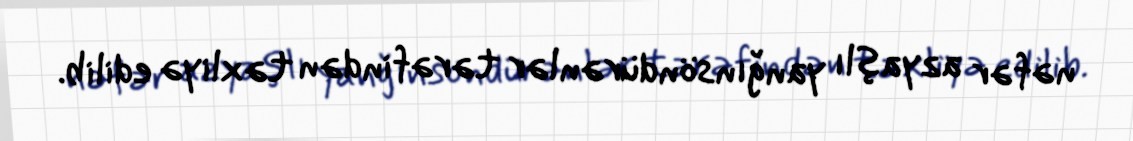
nəfər azyaşlı yanğınsöndürənlər tərəfindən təxliyə edilib.